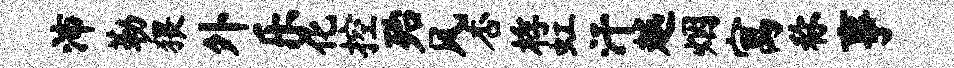
沛勒猥外乐化控殆风杏桴虹汗越烟寓称事